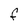
Character: F